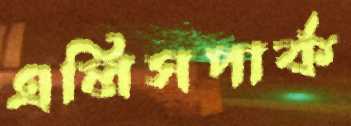
এলিসপার্ক